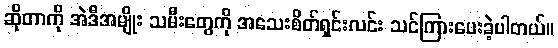
ဆိုတာကို အဲဒီအမျိုး သမီးတွေကို အသေးစိတ်ရှင်းလင်း သင်ကြားပေးခဲ့ပါတယ်။